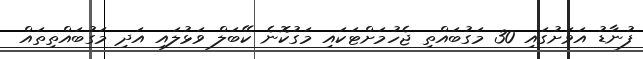
ފުނާޑު އަވަށުގައި 30 މަގުބައްތި ޖެހުމަށްޓަކައި މަގުކޮނެ ކޭބަލް ވަޅުލައި އަދި މަގުބައްތިތައް